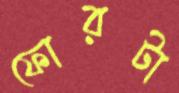
ফোরটা